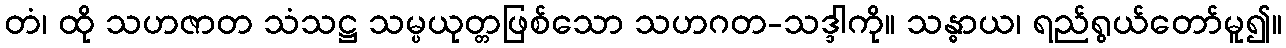
တံ၊ ထို သဟဇာတ သံသဋ္ဌ သမ္ပယုတ္တဖြစ်သော သဟဂတ-သဒ္ဒါကို။ သန္ဓာယ၊ ရည်ရွယ်တော်မူ၍။